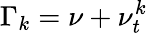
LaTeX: \Gamma_{k}=\nu+\nu_{t}^{k}